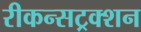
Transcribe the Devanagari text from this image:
रीकन्सट्रक्शन